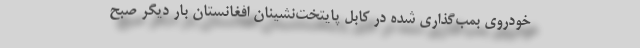
خودروی بمب‌گذاری شده در کابل پایتخت‌نشینان افغانستان بار دیگر صبح